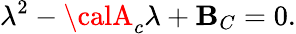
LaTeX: \lambda^{2}-{\calA}_{c}\lambda+{\cal\mathbf{B}}_{C}=0.